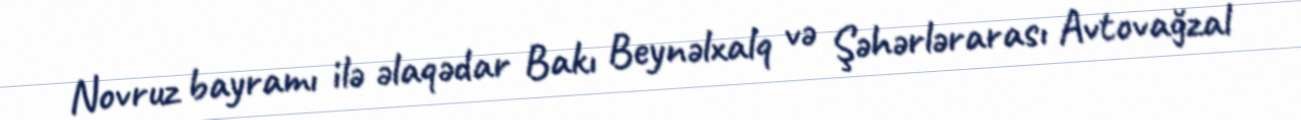
Novruz bayramı ilə əlaqədar Bakı Beynəlxalq və Şəhərlərarası Avtovağzal